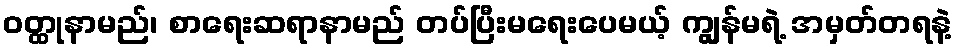
ဝတ္ထုနာမည်၊ စာရေးဆရာနာမည် တပ်ပြီးမရေးပေမယ့် ကျွန်မရဲ့ အမှတ်တရနဲ့